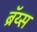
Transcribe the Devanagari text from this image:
ब्रॅय्स